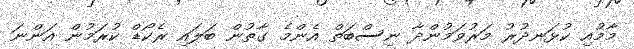
މާމުއި ކުޅަނދުރު މަރުވަމުންދާ ނިސްބަތް އެންމެ ގާތުން ބަލައި ރެކޯޑް ކުރަމުން އަންނަ